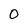
Character: 0